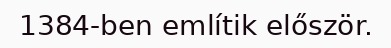
1384-ben említik először.